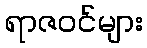
ရာဇဝင်များ